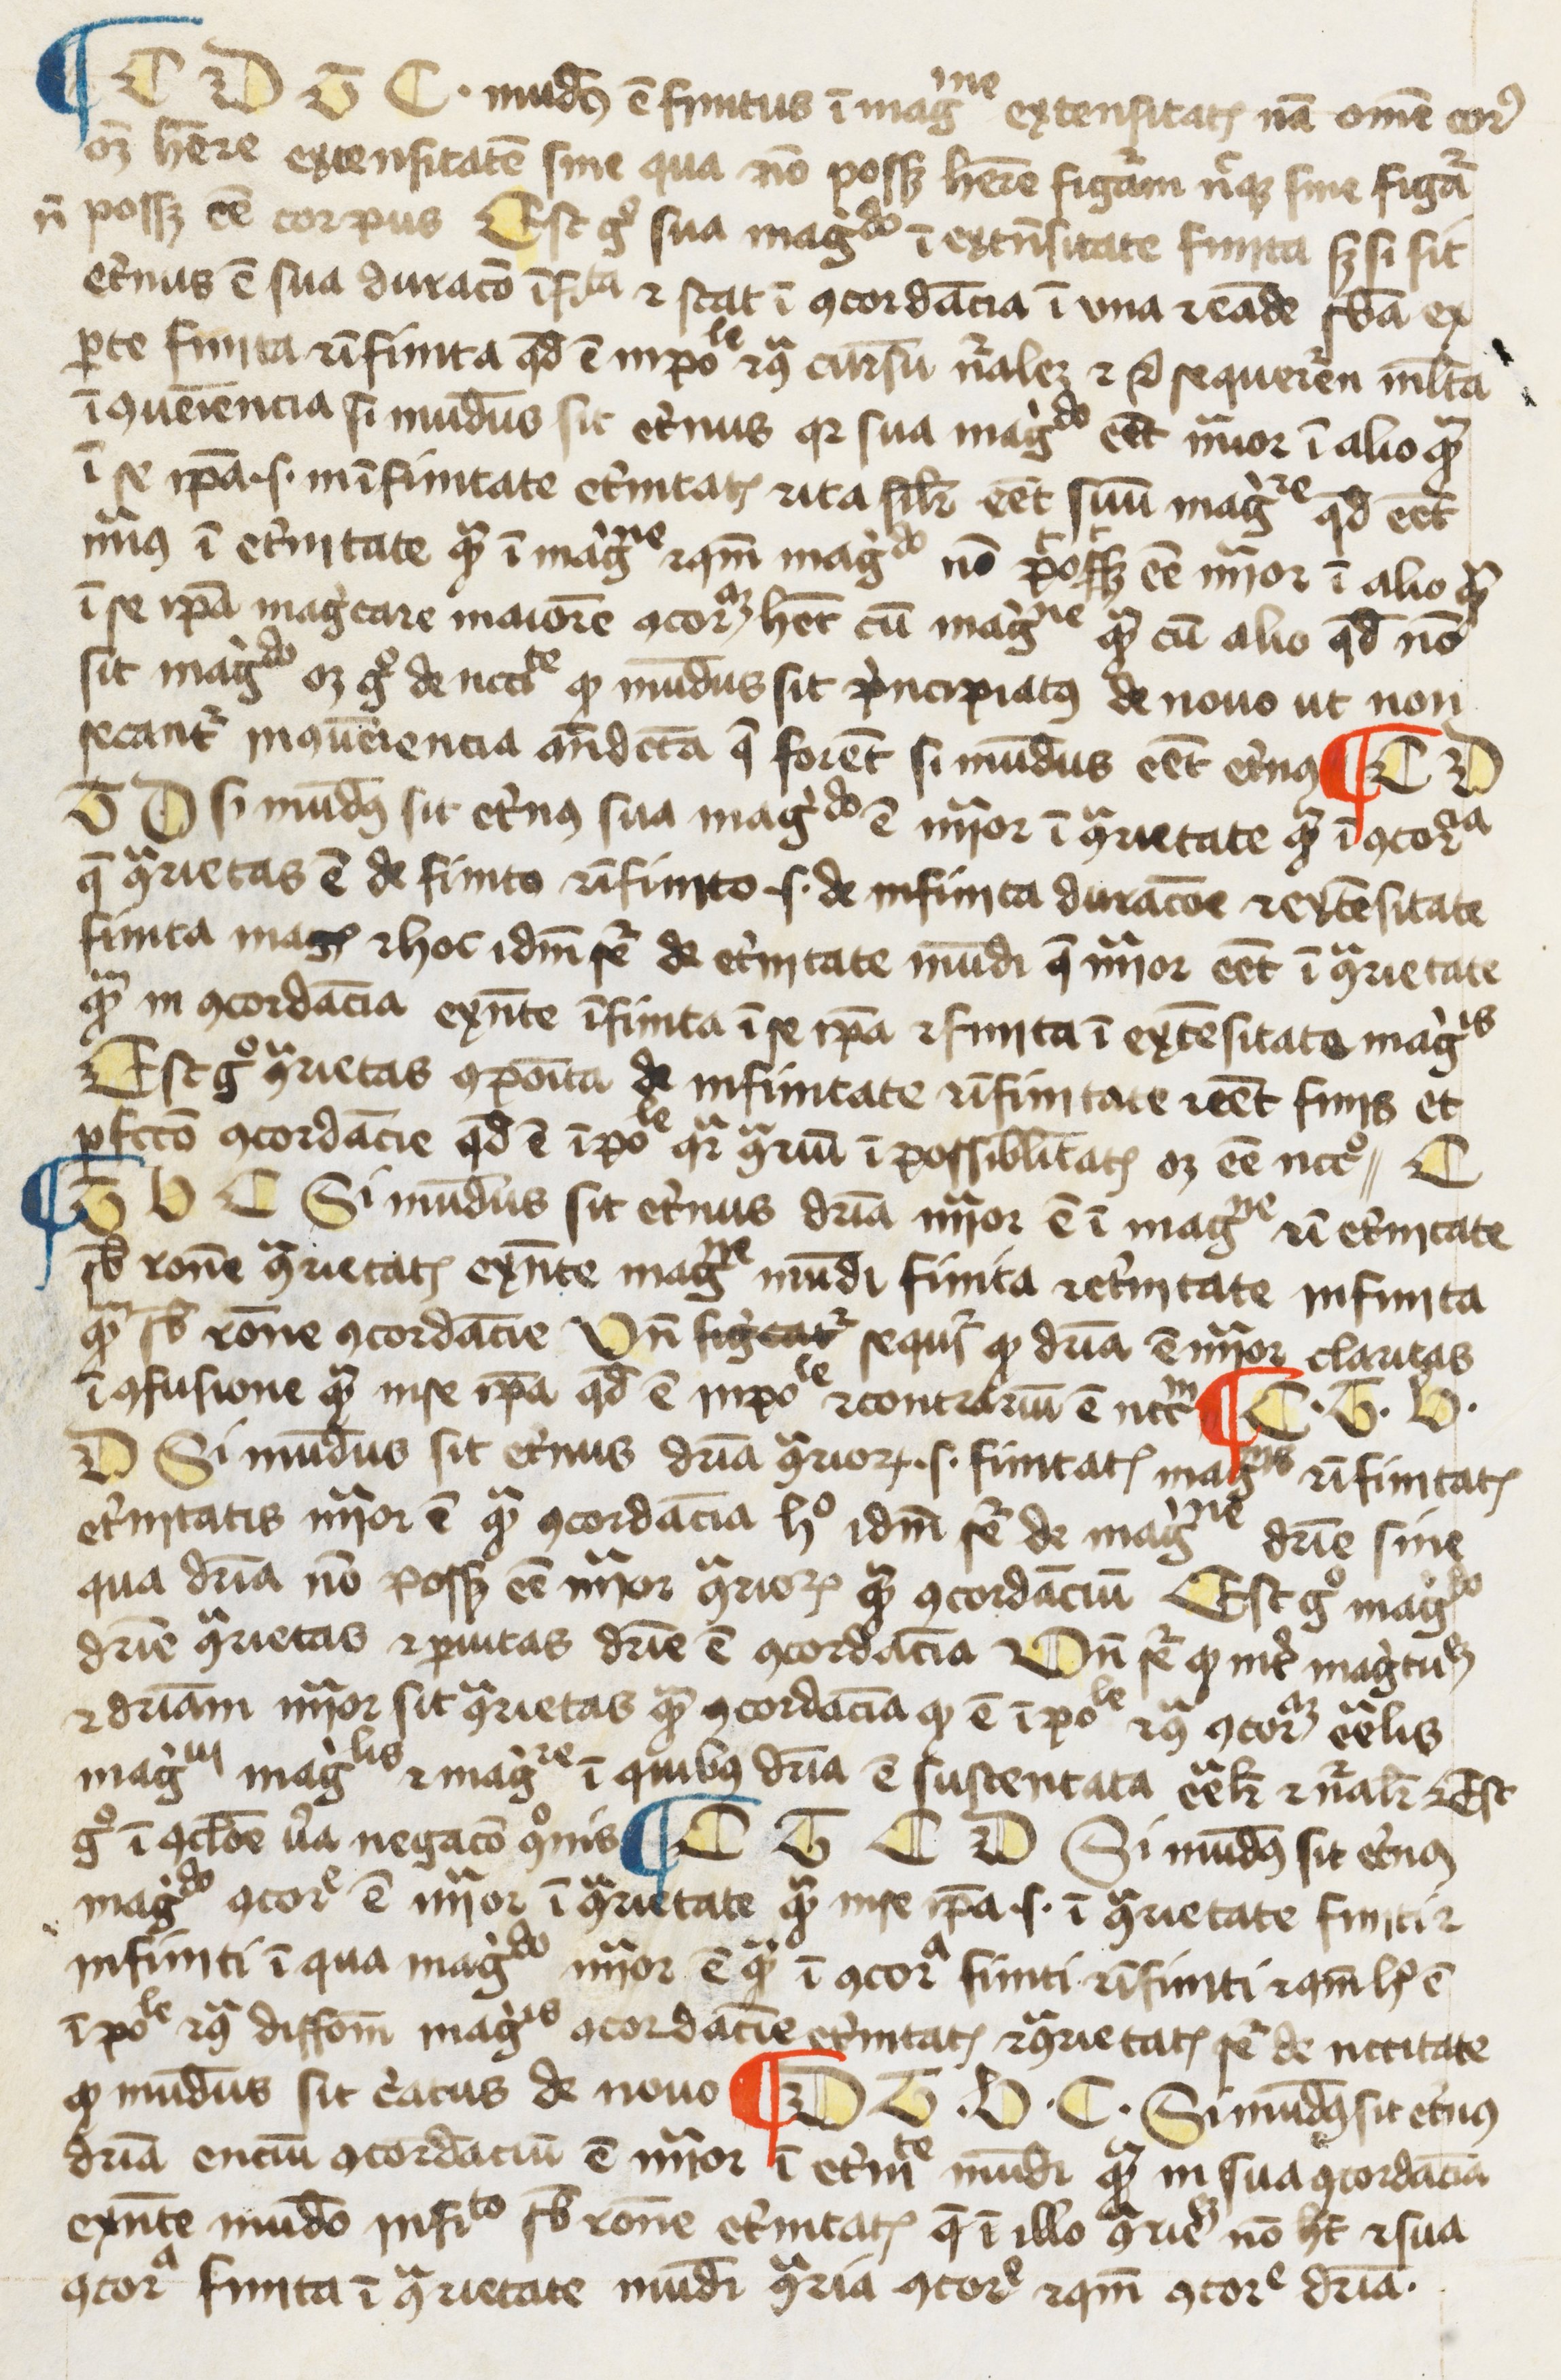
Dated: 1300–1399